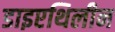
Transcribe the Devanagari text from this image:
डाइएथिलीन